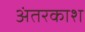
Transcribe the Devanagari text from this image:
अंतरकाश